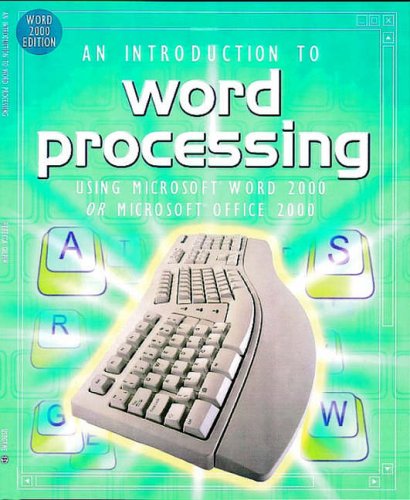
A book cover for An Introduction to Word Processing: Using Microsoft Word 2000 or Microsoft Office 2000; Rebecca Gilpin; Children's Books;